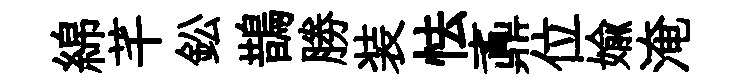
綿芊鈆鵲勝装怯鼒位媮淹